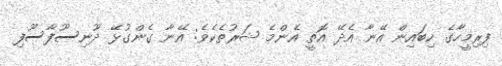
ފިރިމީހާގެ ކިބައިން އޭނާ އެދޭ އޮތީ އެންމެ ޝަރުތެކެވެ: އޭނާ ގެންގުޅޭ ދޫނިސޫފާސޫފި